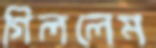
গিললেম